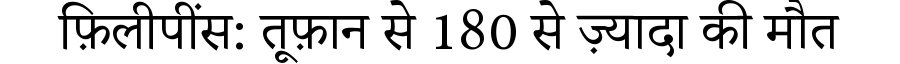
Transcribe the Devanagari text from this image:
फ़िलीपींस: तूफ़ान से 180 से ज़्यादा की मौत